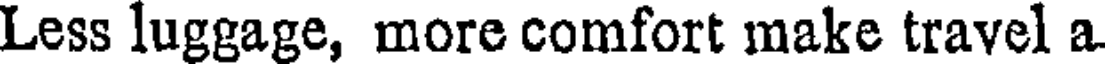
Less luggage, more comfort make travel a